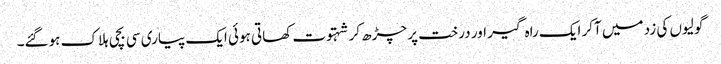
گولیوں کی زد میں آکر ایک راہ گیر اور درخت پر چڑھ کر شہتوت کھاتی ہوئی ایک پیاری سی بچی ہلاک ہوگئے۔